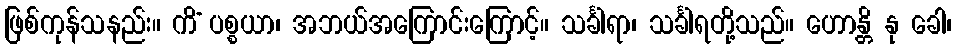
ဖြစ်ကုန်သနည်း။ ကိံ ပစ္စယာ၊ အဘယ်အကြောင်းကြောင့်။ သင်္ခါရာ၊ သင်္ခါရတို့သည်။ ဟောန္တိ နု ခေါ၊